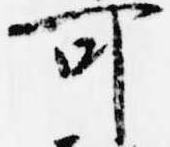
可